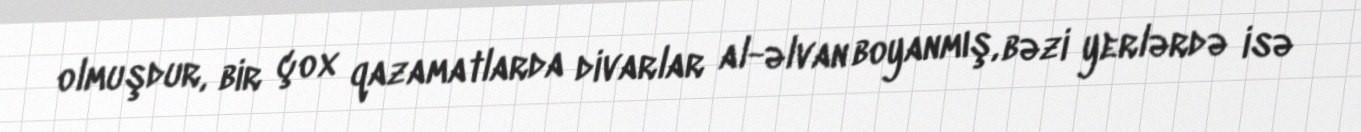
olmuşdur, bir çox qazamatlarda divarlar al-əlvan boyanmış, bəzi yerlərdə isə